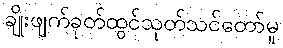
ချိုးဖျက်ခုတ်ထွင်သုတ်သင်တော်မူ